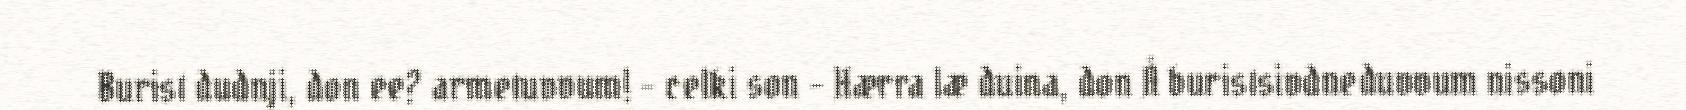
Burist dudnji, don ee? armetuvvum! – celki son – Hærra læ duina, don Å buristsivdneduvvum nissoni